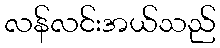
လန်လင်းအယ်သည်